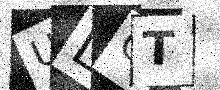
Text: ULQT